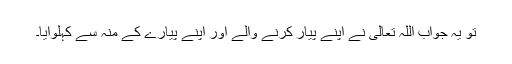
تو یہ جواب اللہ تعالیٰ نے اپنے پیار کرنے والے اور اپنے پیارے کے منہ سے کہلوایا۔